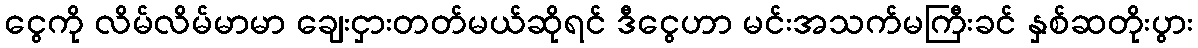
ငွေကို လိမ်လိမ်မာမာ ချေးငှားတတ်မယ်ဆိုရင် ဒီငွေဟာ မင်းအသက်မကြီးခင် နှစ်ဆတိုးပွား